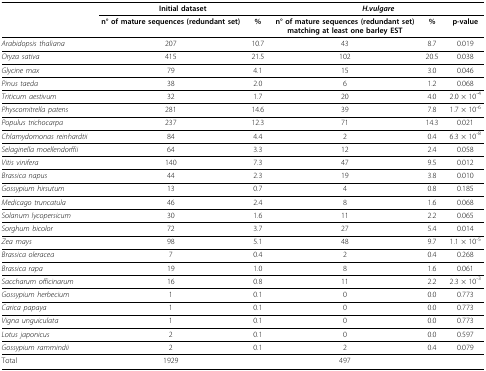
<table><thead><tr><td>[EMPTY_CELL]</td><td colspan="2"><b>Initial dataset</b></td><td colspan="3"><b><i>H.vulgare</i></b></td></tr><tr><td>[EMPTY_CELL]</td><td><b>n° of mature sequences (redundant set)</b></td><td><b>%</b></td><td><b>n° of mature sequences (redundant set) matching at least one barley EST</b></td><td><b>%</b></td><td><b>p-value</b></td></tr></thead><tbody><tr><td><i>Arabidopsis thaliana</i></td><td>207</td><td>10.7</td><td>43</td><td>8.7</td><td>0.019</td></tr><tr><td><i>Oryza sativa</i></td><td>415</td><td>21.5</td><td>102</td><td>20.5</td><td>0.038</td></tr><tr><td><i>Glycine max</i></td><td>79</td><td>4.1</td><td>15</td><td>3.0</td><td>0.046</td></tr><tr><td><i>Pinus taeda</i></td><td>38</td><td>2.0</td><td>6</td><td>1.2</td><td>0.068</td></tr><tr><td><i>Triticum aestivum</i></td><td>32</td><td>1.7</td><td>20</td><td>4.0</td><td>2.0 × 10<sup>-4</sup></td></tr><tr><td><i>Physcomitrella patens</i></td><td>281</td><td>14.6</td><td>39</td><td>7.8</td><td>1.7 × 10<sup>-6</sup></td></tr><tr><td><i>Populus trichocarpa</i></td><td>237</td><td>12.3</td><td>71</td><td>14.3</td><td>0.021</td></tr><tr><td><i>Chlamydomonas reinhardtii</i></td><td>84</td><td>4.4</td><td>2</td><td>0.4</td><td>6.3 × 10<sup>-8</sup></td></tr><tr><td><i>Selaginella moellendorffii</i></td><td>64</td><td>3.3</td><td>12</td><td>2.4</td><td>0.058</td></tr><tr><td><i>Vitis vinifera</i></td><td>140</td><td>7.3</td><td>47</td><td>9.5</td><td>0.012</td></tr><tr><td><i>Brassica napus</i></td><td>44</td><td>2.3</td><td>19</td><td>3.8</td><td>0.010</td></tr><tr><td><i>Gossypium hirsutum</i></td><td>13</td><td>0.7</td><td>4</td><td>0.8</td><td>0.185</td></tr><tr><td><i>Medicago truncatula</i></td><td>46</td><td>2.4</td><td>8</td><td>1.6</td><td>0.068</td></tr><tr><td><i>Solanum lycopersicum</i></td><td>30</td><td>1.6</td><td>11</td><td>2.2</td><td>0.065</td></tr><tr><td><i>Sorghum bicolor</i></td><td>72</td><td>3.7</td><td>27</td><td>5.4</td><td>0.014</td></tr><tr><td><i>Zea mays</i></td><td>98</td><td>5.1</td><td>48</td><td>9.7</td><td>1.1 × 10<sup>-5</sup></td></tr><tr><td><i>Brassica oleracea</i></td><td>7</td><td>0.4</td><td>2</td><td>0.4</td><td>0.268</td></tr><tr><td><i>Brassica rapa</i></td><td>19</td><td>1.0</td><td>8</td><td>1.6</td><td>0.061</td></tr><tr><td><i>Saccharum officinarum</i></td><td>16</td><td>0.8</td><td>11</td><td>2.2</td><td>2.3 × 10<sup>-3</sup></td></tr><tr><td><i>Gossypium herbecium</i></td><td>1</td><td>0.1</td><td>0</td><td>0.0</td><td>0.773</td></tr><tr><td><i>Carica papaya</i></td><td>1</td><td>0.1</td><td>0</td><td>0.0</td><td>0.773</td></tr><tr><td><i>Vigna unguiculata</i></td><td>1</td><td>0.1</td><td>0</td><td>0.0</td><td>0.773</td></tr><tr><td><i>Lotus japonicus</i></td><td>2</td><td>0.1</td><td>0</td><td>0.0</td><td>0.597</td></tr><tr><td><i>Gossypium rammindii</i></td><td>2</td><td>0.1</td><td>2</td><td>0.4</td><td>0.079</td></tr><tr><td>Total</td><td>1929</td><td>[EMPTY_CELL]</td><td>497</td><td>[EMPTY_CELL]</td><td>[EMPTY_CELL]</td></tr></tbody></table>